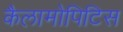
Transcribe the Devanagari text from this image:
कैलामोपिटिस